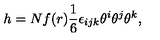
h = N f ( r ) \frac { 1 } { 6 } \epsilon _ { i j k } \theta ^ { i } \theta ^ { j } \theta ^ { k } ,